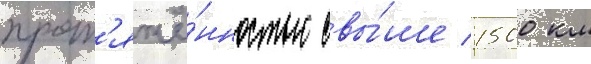
прот'яжё́нностью свы́ше 1500 км